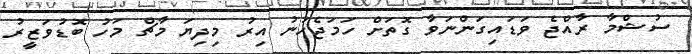
ސުޝްމާ ރާއްޖެ ވަޑައިގަންނަވާ ގޮތަށް ހަމަޖެހުނު އިރު މިދިޔަ މާޗް މަހު ބޮޑުވަޒީރު